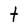
Character: t